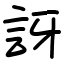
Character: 訝